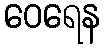
ဝေရေန